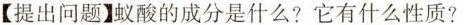
【提出问题】蚁酸的成分是什么?它有什么性质?